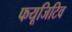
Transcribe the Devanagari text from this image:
फयूजिटिव